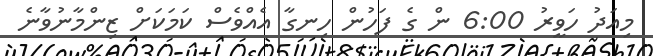
މިއަދު ހަވީރު 6:00 ން ގެ ފަހުން ހިނގާ އެއްވެސް ކަމަކަށް ޒިންމާނުވާނެ